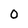
Character: 0